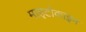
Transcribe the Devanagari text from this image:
माइटोकाइन